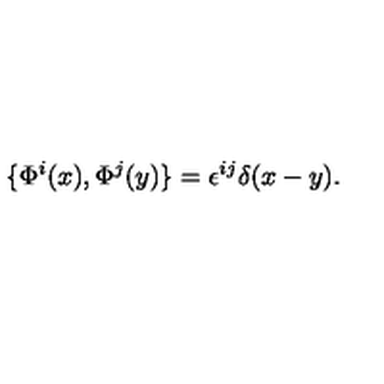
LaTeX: \{ \Phi ^ { i } ( x ) , \Phi ^ { j } ( y ) \} = \epsilon ^ { i j } \delta ( x - y ) .